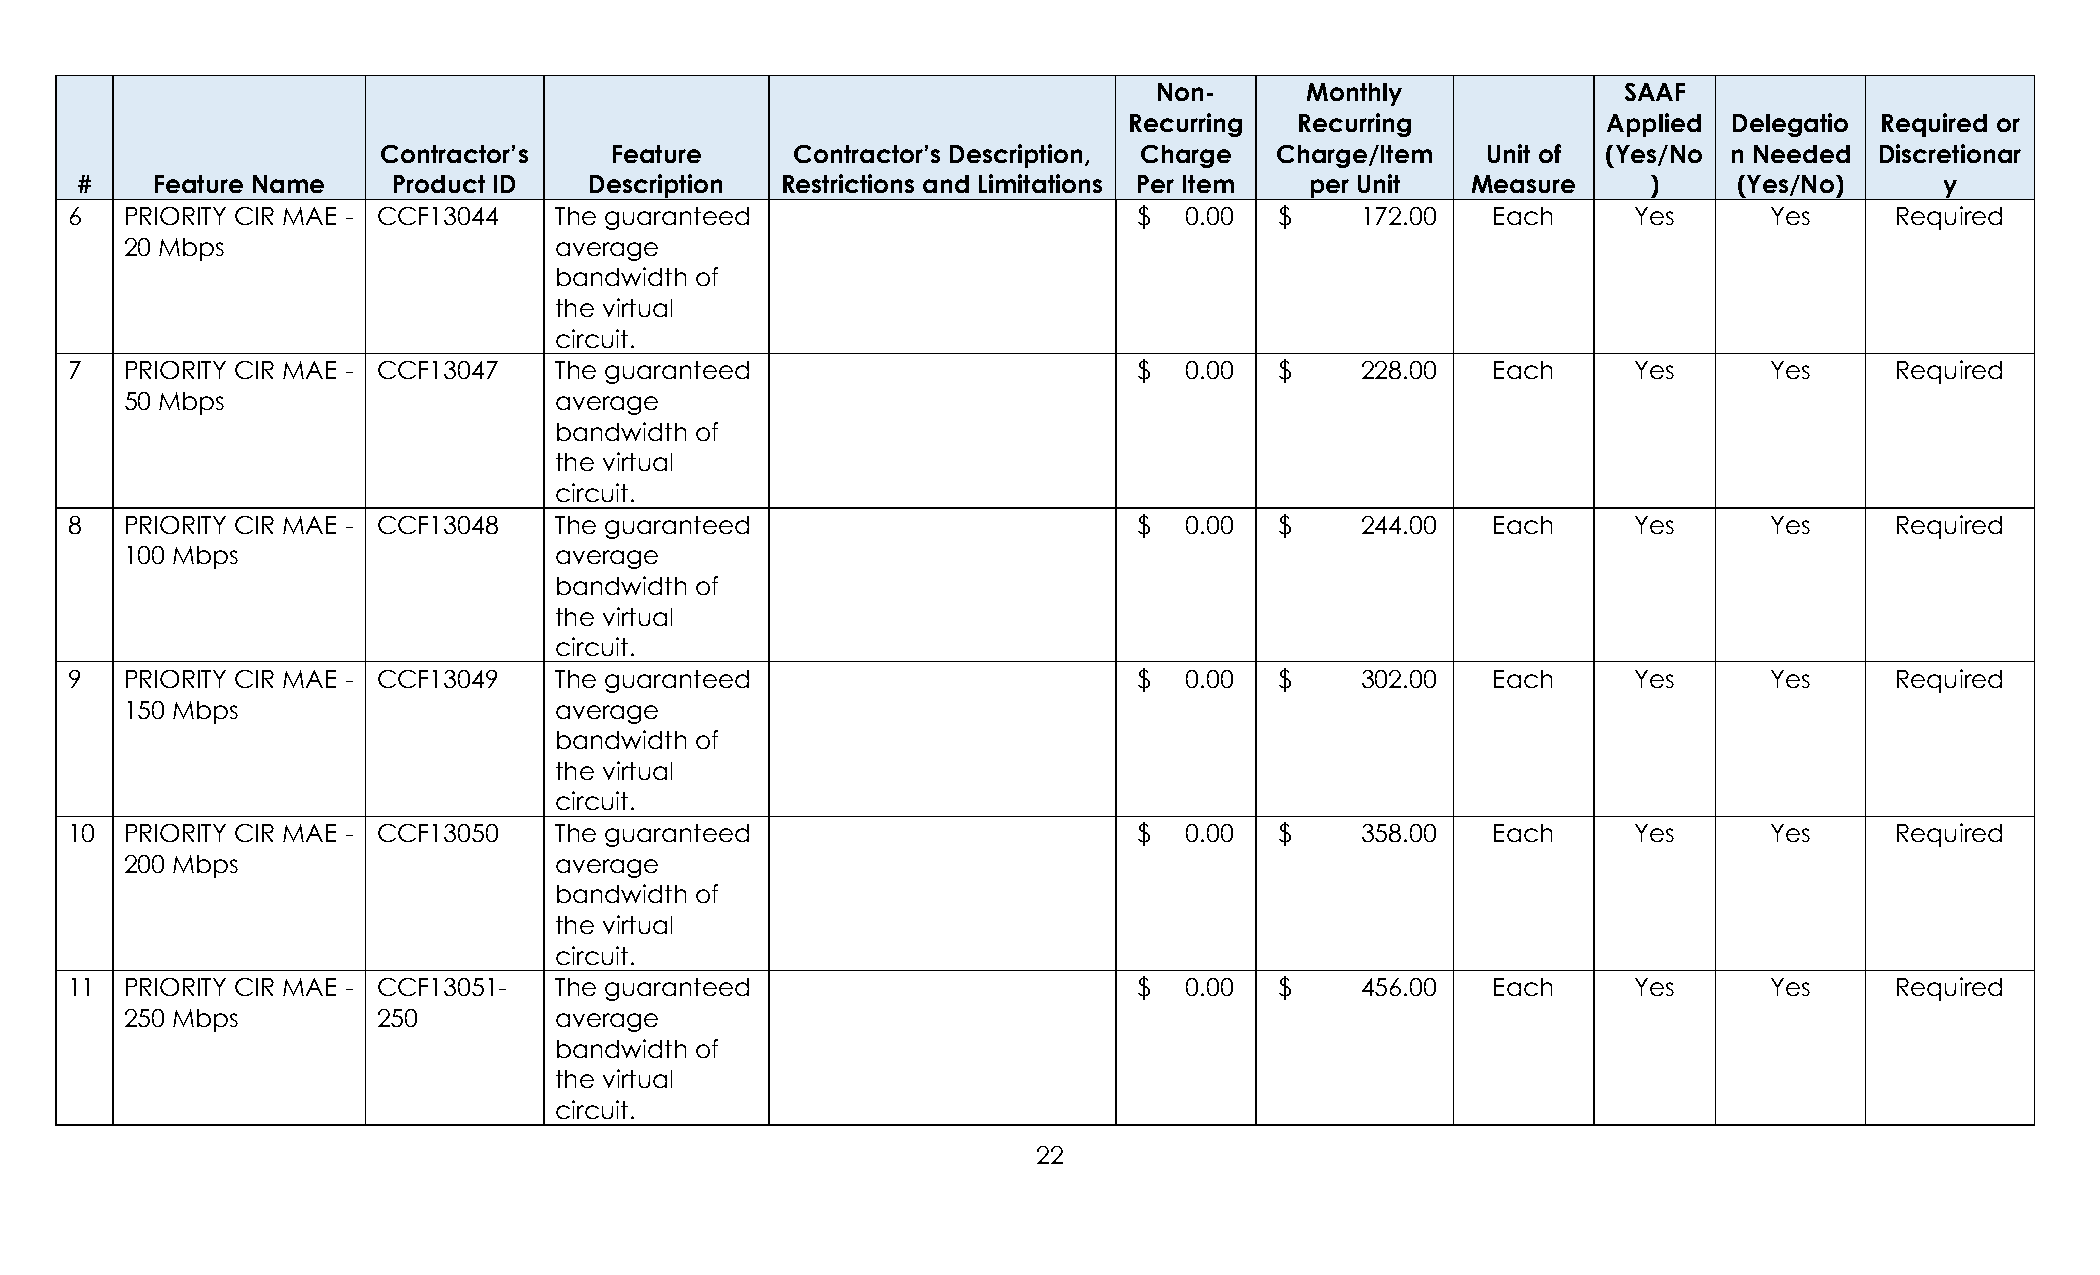
Non-     Monthly              SAAF
 Recurring  Recurring           Applied  Delegatio Required or
 Contractor’s   Feature      Contractor’s Description, Charge Charge/Item Unit of (Yes/No  n Needed Discretionar
 #    Feature Name    Product ID   Description  Restrictions and Limitations Per Item per Unit Measure   )     (Yes/No)      y
 6   PRIORITY CIR MAE - CCF13044  The guaranteed                        $   0.00  $    172.00   Each     Yes      Yes     Required
 20 Mbps                      average
 bandwidth of
 the virtual
 circuit.
 7   PRIORITY CIR MAE - CCF13047  The guaranteed                        $   0.00  $    228.00   Each     Yes      Yes     Required
 50 Mbps                      average
 bandwidth of
 the virtual
 circuit.
 8   PRIORITY CIR MAE - CCF13048  The guaranteed                        $   0.00  $    244.00   Each     Yes      Yes     Required
 100 Mbps                     average
 bandwidth of
 the virtual
 circuit.
 9   PRIORITY CIR MAE - CCF13049  The guaranteed                        $   0.00  $    302.00   Each     Yes      Yes     Required
 150 Mbps                     average
 bandwidth of
 the virtual
 circuit.
 10  PRIORITY CIR MAE - CCF13050  The guaranteed                        $   0.00  $    358.00   Each     Yes      Yes     Required
 200 Mbps                     average
 bandwidth of
 the virtual
 circuit.
 11  PRIORITY CIR MAE - CCF13051- The guaranteed                        $   0.00  $    456.00   Each     Yes      Yes     Required
 250 Mbps         250         average
 bandwidth of
 the virtual
 circuit.
 22